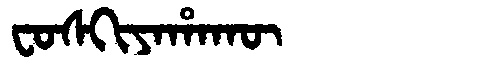
Manchu: ᠸᠣᠰᡴᡳᠶᠠᡥᠠᡴᡡ
Romanization: FOSKIYAHAKŪ